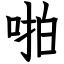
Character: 啪